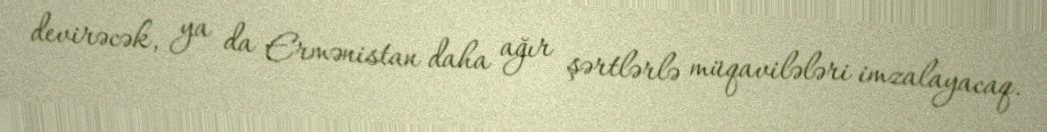
devirəcək, ya da Ermənistan daha ağır şərtlərlə müqavilələri imzalayacaq.